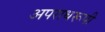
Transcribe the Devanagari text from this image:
अपराधरूपी